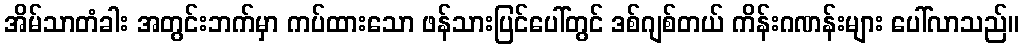
အိမ်သာတံခါး အတွင်းဘက်မှာ ကပ်ထားသော ဖန်သားပြင်ပေါ်တွင် ဒစ်ဂျစ်တယ် ကိန်းဂဏန်းများ ပေါ်လာသည်။